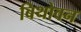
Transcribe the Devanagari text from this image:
बिथोवन